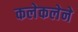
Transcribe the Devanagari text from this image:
कलेकलेने